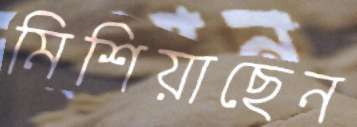
মিশিয়াছেন